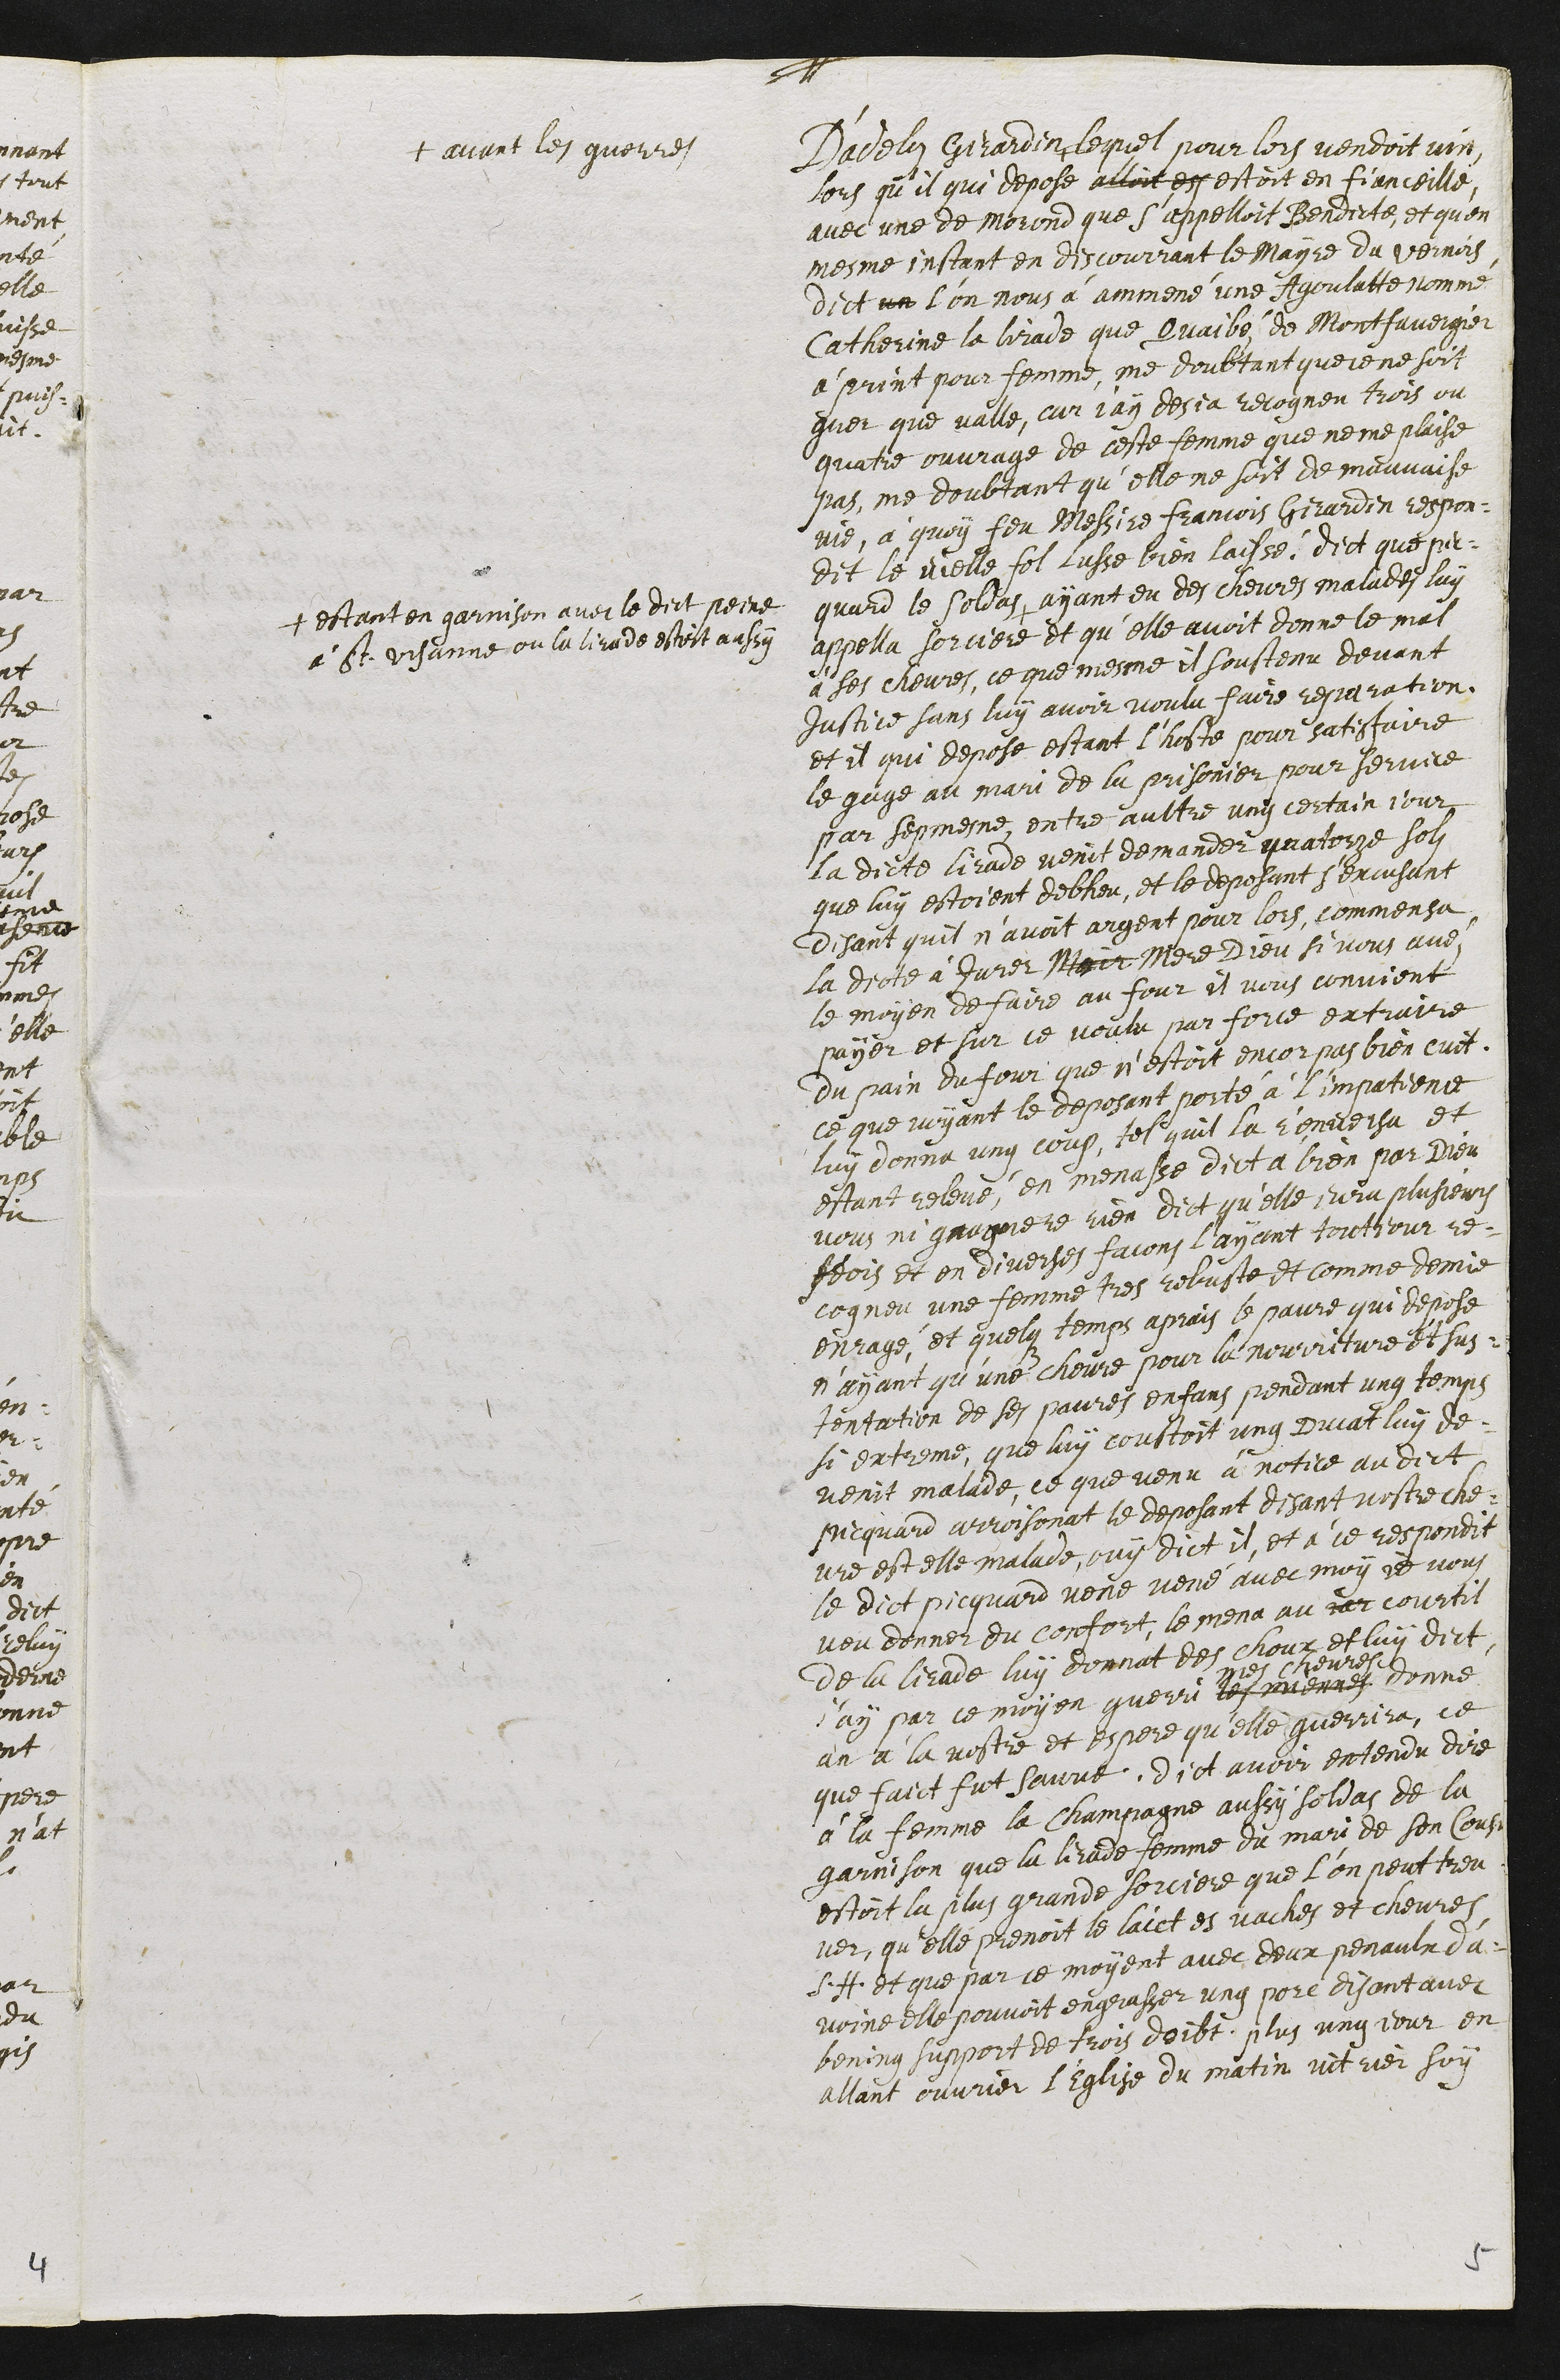
D'adelin Girardin +
+ avant les guerres
lequel pour lors vendoit vin
lors qu’il qui depose alloit est estoit en fianceille
avec une de Morond que s'appelloit Bendicte et qu'en
mesme instant en discourrant le Mayre du Vernois
dict un l'on nous a ammené une Agoulatte nommé
Catherine la lirade que Quaibé de Montfavergier
a print pour femme, me doubtant que ce ne soit
guer que valle, car j'ay desja recogneu trois ou
quatre ouvrage de ceste femme que ne me plaise
pas, me doubtant qu'elle ne soit de mauvaise
vie, à quoy feu Messire Francois Girardin respon¬
dit le vielle fol lusse bien laissé. dict que pic¬
quard le soldas +
+ estant en garnison avec le dict peine
à St Ursanne ou la lirade estoit aussy
ayant eu des chevres malades luy
appella sorciere et qu'elle avoit donne le mal
à ses chevres, ce que mesme il soustenu devant
Justice sans luy avoir voulu faire reparation.
et il qui depose estant l’hoste pour satisfaire
le gage au mari de la prisonier pour service
par sepmesme, entre aultre ung certain jour
la dicte lirade venit demander quatorze solz
que luy estoient debheu, et le deposant s'excusant
disant quil n'avoit argent pour lors, commensa
La dicte à Jurer Mair Mere Dieu si vous avez
le moyen de faire au four il vous convient
payer et sur ce voulu par force extraire
du pain du jour que n’estoit encor pas bien cuit.
ce que voyant le deposant porté à l'impatience
luy donna ung coup, tel quil la renversa et
estant relevé, en menasse dict à bien par Dieu
vous ni gnagnere rien dict qu'elle jura plusieurs
feois et on diverses facons l'ayant toutjour re¬
cogneu une femme tres robuste et comme demie
enragé, et quelq temps apres le pauvre qui depose
n'ayant qu’une chevre pour la nourriture et sus¬
tentation de ses paures enfans pendant ung temps
si extreme, que luy coustoit ung ducat luy de¬
venit malade, ce que venu à notice au dict
Picquard arroisonat le deposant disant vostre che¬
vre est elle malade, ouy dict il, et à ce respondit
le dict picquard vene vené avec moy je vous
veu donner du confort, le mena au jar courtil
de la lirade luy donnat des choux et luy dict
j'ay par ce moyen guerri les avenne
mes chevres
donné
an à la vostre et espere qu'elle guerrira, ce
que faict fut sauve. dict avoir entendu dire
à la femme la Champagne aussy soldas de la
garnison que la lirade femme du mari de son Cousin
estoit la plus grande sorciere que l’on peut treu¬
ver, qu’elle prenoit le laict es vaches et chevres
S. H. et que par le moyent avec deux penaulx d'a¬
voine elle pouvoit engrasser ung porc disant avec
bening support de trois doibt. plus ung jour en
allant ouvrier l’Eglise du matin vit rier soy
5